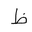
Letter: _za